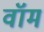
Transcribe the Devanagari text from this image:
वॉम